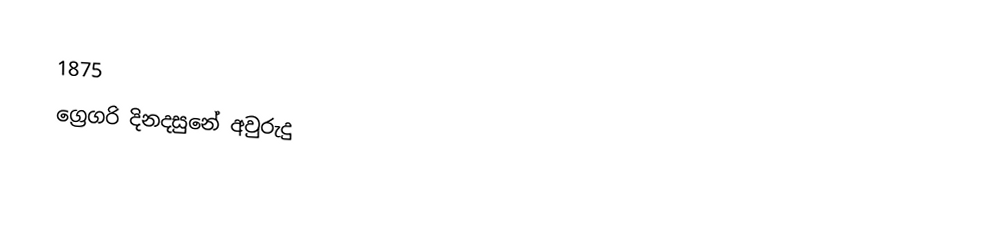
1875
ග්‍රෙගරි දිනදසුනේ අවුරුදු